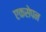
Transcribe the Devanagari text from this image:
एकसेपन